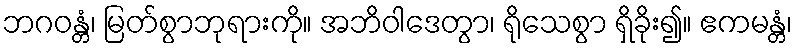
ဘဂဝန္တံ၊ မြတ်စွာဘုရားကို။ အဘိဝါဒေတွာ၊ ရိုသေစွာ ရှိခိုး၍။ ဧကမန္တံ၊